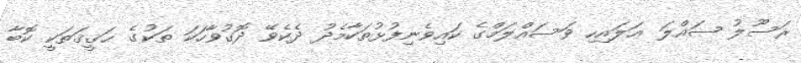
ރަސޫލު ޞައްލަ ޢަލައިހި ވަސައްލަމްގެ ކައިވެނިފުޅުތަކާމެދު ދެކެވޭ ދޮގުވާހަކަ ތަކުގެ ޙަޤީޤަތަކީ ކޮބާ